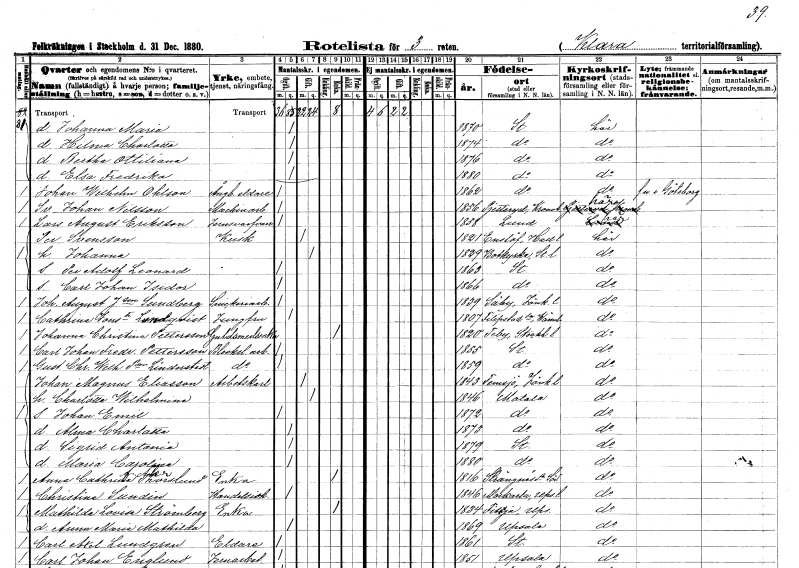
gt_parse: households: individuals: FN: Johanna Maria
KON: K
CIV: O
FODAR: 1870
FODFORS: Stockholm
FN: Hilma Charlotta
KON: K
CIV: O
FODAR: 1874
FODFORS: Stockholm
FN: Bertha Ottiliana
KON: K
CIV: O
FODAR: 1876
FODFORS: Stockholm
FN: Elsa Fredrika
KON: K
CIV: O
FODAR: 1880
FODFORS: Stockholm
FN: Johan Wilhelm
EN: Ohlson
YRKE: Ångbåtseldare
KON: M
CIV: O
FODAR: 1862
FODFORS: Stockholm
FN: Sven Johan
EN: Nilsson
YRKE: Maskinarbetare
KON: M
CIV: O
FODAR: 1856
FODFORS: Pjätteryd Kronobergs län
FN: Lars August
EN: Eriksson
YRKE: Järnsvarvare
KON: M
CIV: O
FODAR: 1858
FODFORS: Lund Malmöhus län
FN: Per
EN: Svensson
YRKE: Kusk
KON: M
CIV: G
FODAR: 1821
FODFORS: Enslöv Hallands län
FN: Johanna
KON: K
CIV: G
FODAR: 1829
FODFORS: Botkyrka Stockholms län
FN: Per Adolf Leonard
KON: M
CIV: O
FODAR: 1863
FODFORS: Stockholm
FN: Carl Johan Isidor
KON: M
CIV: O
FODAR: 1866
FODFORS: Stockholm
FN: Johan August
EN: J:son Sundberg
YRKE: Snickeriarbetare
KON: M
CIV: O
FODAR: 1839
FODFORS: Säby Jönköpings län
FN: Cathrina
EN: Jons:dr Lindqvist
YRKE: Jungfru
KON: K
CIV: O
FODAR: 1807
FODFORS: Filipstad Värmlands län
FN: Johanna Christina
EN: Pettersson
YRKE: Guldsmedsänka
KON: K
CIV: E
FODAR: 1820
FODFORS: Täby Stockholms län
FN: Carl Johan Fredrik
EN: Pettersson
YRKE: Bleckslageriarbetare
KON: M
CIV: O
FODAR: 1855
FODFORS: Stockholm
FN: Gustafva Christina Wilhelmina
EN: P:son Linderstedt
YRKE: Bleckslageriarbetare
KON: M
CIV: O
FODAR: 1859
FODFORS: Stockholm
FN: Johan Magnus
EN: Eliasson
YRKE: Arbetskarl
KON: M
CIV: G
FODAR: 1843
FODFORS: Femsjö Hallands län
FN: Charlotta Wilhelmina
KON: K
CIV: G
FODAR: 1846
FODFORS: Motala Östergötlands län
FN: Johan Emil
KON: M
CIV: O
FODAR: 1872
FODFORS: Motala Östergötlands län
FN: Alma Charlotta
KON: K
CIV: O
FODAR: 1873
FODFORS: Motala Östergötlands län
FN: Sigrid Antonia
KON: K
CIV: O
FODAR: 1879
FODFORS: Stockholm
FN: Maria Carolina
KON: K
CIV: O
FODAR: 1880
FODFORS: Stockholm
FN: Anna Cathrina
EN: Thorslund Asker??
YRKE: Änka
KON: K
CIV: E
FODAR: 1816
FODFORS: Strängnäs Södermanlands län
FN: Christina
EN: Sundin
YRKE: Handelsidkare
KON: K
CIV: O
FODAR: 1846
FODFORS: Morkarla Uppsala län
FN: Mathilda Lovisa
EN: Strömberg
YRKE: Änka
KON: K
CIV: E
FODAR: 1834
FODFORS: Fittja Uppsala län
FN: Anna Maria Mathilda
KON: K
CIV: O
FODAR: 1869
FODFORS: Uppsala Uppsala län
FN: Carl Axel
EN: Lundgren
YRKE: Eldare
KON: M
CIV: O
FODAR: 1861
FODFORS: Stockholm
FN: Carl Johan
EN: Englund
YRKE: Järnarbetare
KON: M
CIV: O
FODAR: 1851
FODFORS: Uppsala Uppsala län